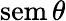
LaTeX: \operatorname{sem}\theta